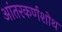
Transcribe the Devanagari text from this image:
आंतरकर्णशोथ